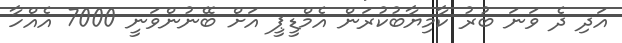
އަދި ދެ ވަނަ ބުރު ކާމިޔާބުކުރަން އެމްޑީޕީ އަށް ބޭނުންވަނީ 7000 އެއްހާ